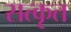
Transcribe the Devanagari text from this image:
सत्कृत